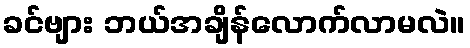
ခင်ဗျား ဘယ်အချိန်လောက်လာမလဲ။